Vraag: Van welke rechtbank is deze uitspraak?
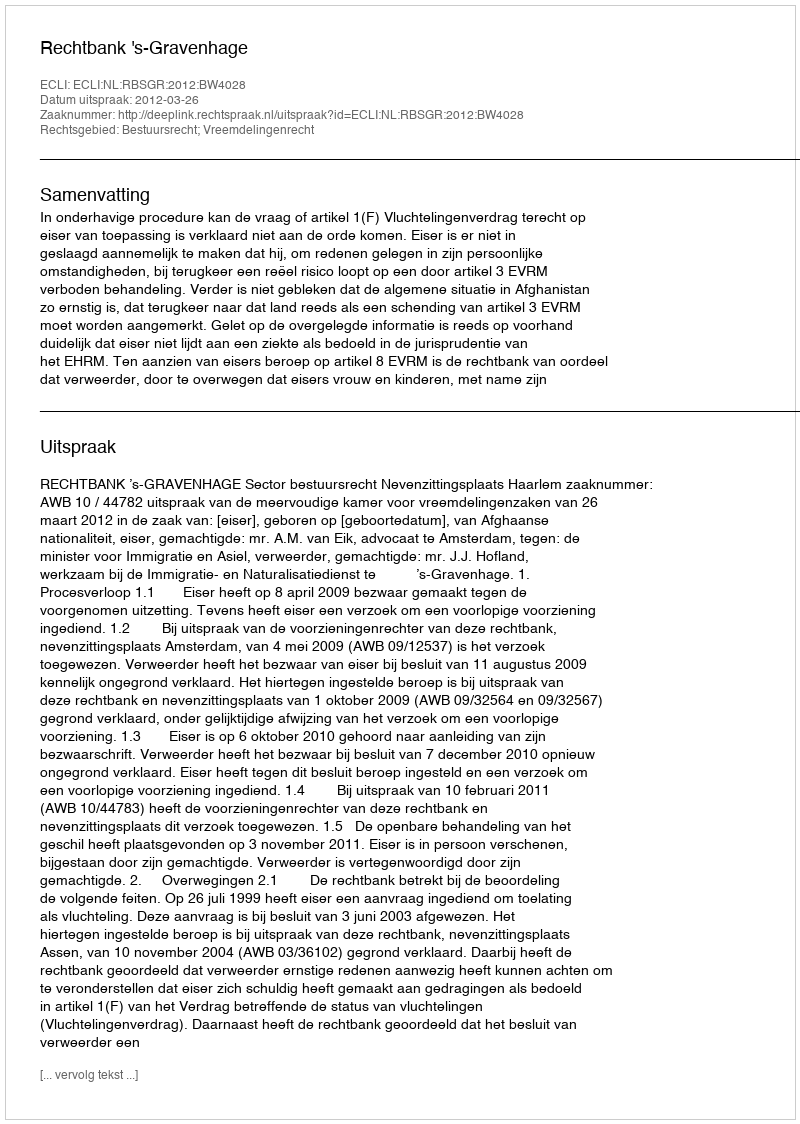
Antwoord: Rechtbank 's-Gravenhage